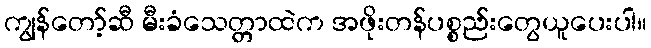
ကျွန်တော့်ဆီ မီးခံသေတ္တာထဲက အဖိုးတန်ပစ္စည်းတွေယူပေးပါ။